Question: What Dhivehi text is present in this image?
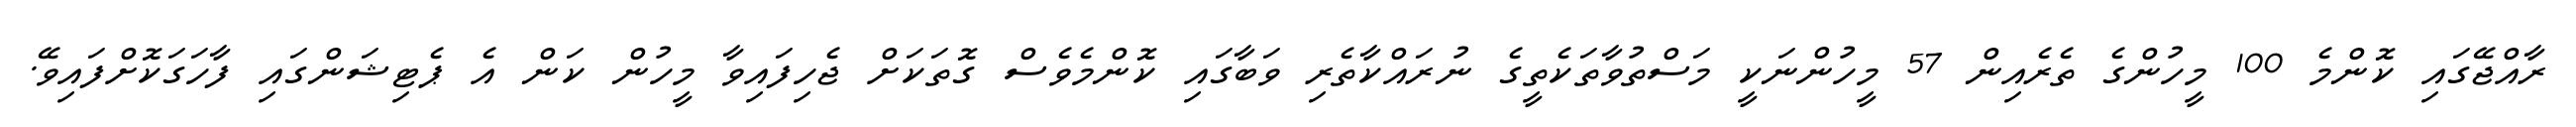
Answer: ރާއްޖޭގައި ކޮންމެ 100 މީހުންގެ ތެރެއިން 57 މީހުންނަކީ މަސްތުވާތަކެތީގެ ނުރައްކާތެރި ވަބާގައި ކޮންމެވެސް ގޮތަކަށް ޖެހިފައިވާ މީހުން ކަން އެ ޕެޓިޝަންގައި ފާހަގަކޮށްފައިވޭ.